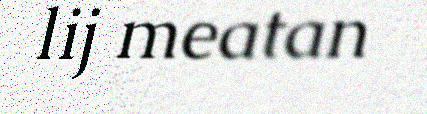
lij meatan